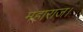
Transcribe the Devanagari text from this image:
महाराज।